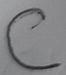
Text: C